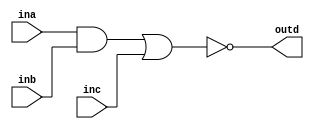
`timescale 1ns / 1ps


module bool2(
    input ina, inb, inc,
    output outd
);

assign outd = ~((ina & inb) | inc);

endmodule